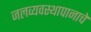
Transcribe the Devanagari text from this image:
जलव्यवस्थापानाचे